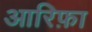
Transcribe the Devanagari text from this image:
आरिफ़ा